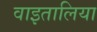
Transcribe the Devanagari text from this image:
वाइतालिया